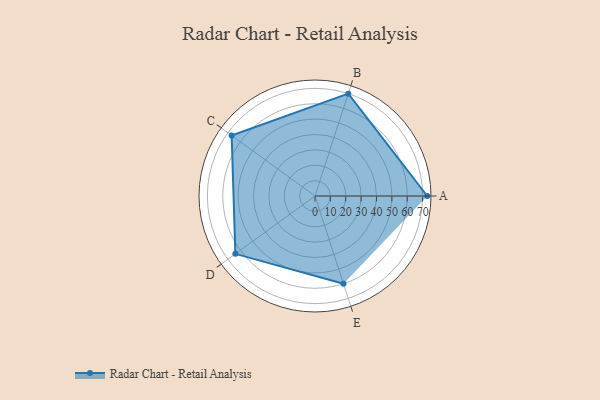
{"axis": {"x": "Skill", "y": "Score"}, "legend": ["Profile"], "data": [{"x": "A", "y": 73.0, "type": "Profile"}, {"x": "B", "y": 70.0, "type": "Profile"}, {"x": "C", "y": 67.0, "type": "Profile"}, {"x": "D", "y": 64.0, "type": "Profile"}, {"x": "E", "y": 60.0, "type": "Profile"}]}